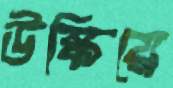
উস্‌কিয়ে